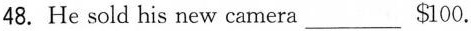
48.He sold his new camera ___$100.